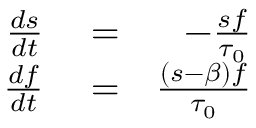
\begin{array} { r l r } { \frac { d s } { d t } } & { { } = } & { - \frac { s f } { \tau _ { 0 } } } \\ { \frac { d f } { d t } } & { { } = } & { \frac { ( s - \beta ) f } { \tau _ { 0 } } } \end{array}